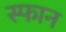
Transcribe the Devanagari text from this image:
स्फान